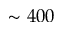
\sim 4 0 0